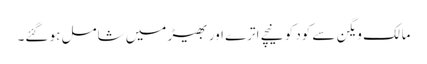
مالک ویگن سے کود کو نیچے اترے اور بھیڑ میں شامل ہو گئے۔